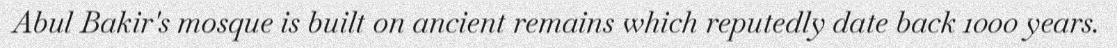
Abul Bakir's mosque is built on ancient remains which reputedly date back 1000 years.